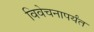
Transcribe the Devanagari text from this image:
विवेचनापर्यंत